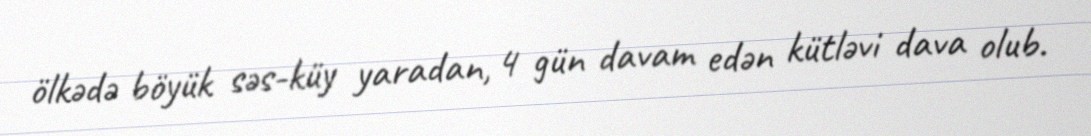
ölkədə böyük səs-küy yaradan, 4 gün davam edən kütləvi dava olub.